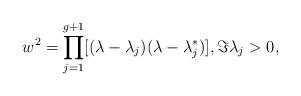
LaTeX: \begin{align*}w^2=\prod_{j=1}^{g+1}[(\lambda-\lambda_j)(\lambda-\lambda_j^\ast)], \Im\lambda_j>0,\end{align*}